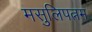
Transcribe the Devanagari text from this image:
मसुलिपत्नम